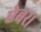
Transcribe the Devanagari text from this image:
ऐबर।